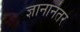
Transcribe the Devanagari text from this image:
ज्ञानानंतर